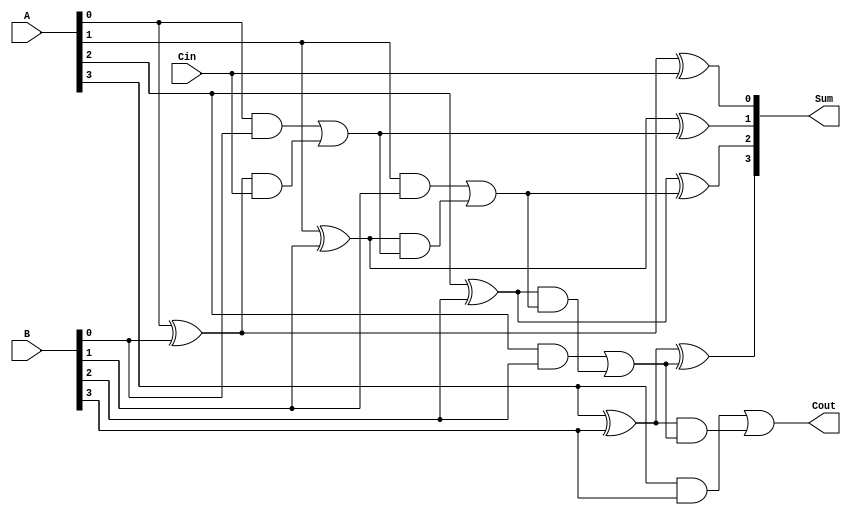
module RippleCarryLookaheadAdder #(parameter n = 4) (
    input  [n-1:0] A,      // First n-bit input
    input  [n-1:0] B,      // Second n-bit input
    input         Cin,      // Carry-in
    output [n-1:0] Sum,     // n-bit Sum output
    output        Cout      // Carry-out output
);

    // Generate and Propagate signals
    wire [n-1:0] G; // Generate signals
    wire [n-1:0] P; // Propagate signals
    wire [n:0] C;    // Carry signals

    // Generate and Propagate logic
    genvar i;
    generate
        for (i = 0; i < n; i = i + 1) begin: gen_prop
            assign G[i] = A[i] & B[i]; // Generate
            assign P[i] = A[i] ^ B[i]; // Propagate
        end
    endgenerate

    // Carry Lookahead logic
    assign C[0] = Cin; // Initial carry

    generate
        for (i = 1; i <= n; i = i + 1) begin: carry_gen
            assign C[i] = G[i-1] | (P[i-1] & C[i-1]);
        end
    endgenerate

    // Sum calculation
    generate
        for (i = 0; i < n; i = i + 1) begin: sum_calc
            assign Sum[i] = P[i] ^ C[i]; // Sum calculation
        end
    endgenerate

    // Carry-out
    assign Cout = C[n];

endmodule